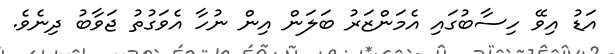
އަޑު އިވޭ ހިސާބުގައި އެމަންޒަރު ބަލަން އިން ނުހާ އެވަގުތު ޖަވާބު ދިނެވެ.